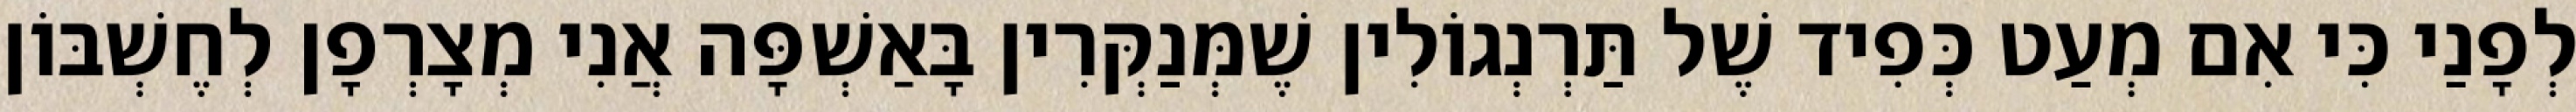
לְפָנַי כִּי אִם מְעַט כְּפִיד שֶׁל תַּרְנְגוֹלִין שֶׁמְּנַקְּרִין בָּאַשְׁפָּה אֲנִי מְצָרְפָן לְחֶשְׁבּוֹן